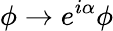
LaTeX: \phi\rightarrow e^{i\alpha}\phi